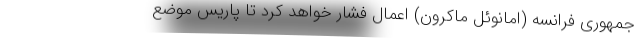
جمهوری فرانسه (امانوئل ماکرون) اعمال فشار خواهد کرد تا پاریس موضع